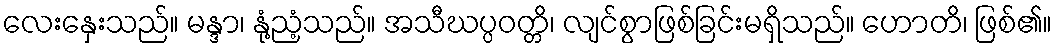
လေးနှေးသည်။ မန္ဒာ၊ နုံ့ညံ့သည်။ အသီဃပ္ပဝတ္တိ၊ လျင်စွာဖြစ်ခြင်းမရှိသည်။ ဟောတိ၊ ဖြစ်၏။